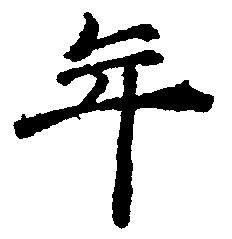
年